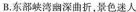
B.东部峡湾幽深曲折，景色迷人